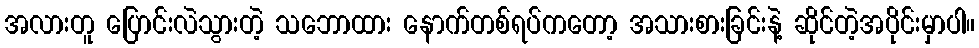
အလားတူ ပြောင်းလဲသွားတဲ့ သဘောထား နောက်တစ်ရပ်ကတော့ အသားစားခြင်းနဲ့ ဆိုင်တဲ့အပိုင်းမှာပါ။